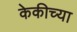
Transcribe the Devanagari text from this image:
केकीच्या